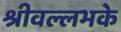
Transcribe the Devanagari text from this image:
श्रीवल्लभके